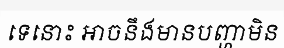
ទេនោះ អាចនឹងមានបញ្ហាមិន